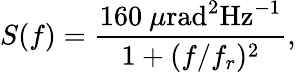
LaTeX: S(f)=\frac{160~\mu\mathrm{rad^{2}Hz^{-1}}}{1+(f/f_{r})^{2}},